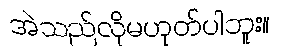
အဲသည်လိုမဟုတ်ပါဘူး။